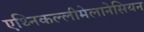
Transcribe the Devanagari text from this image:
एथ्निकल्लीमेलानेसियन